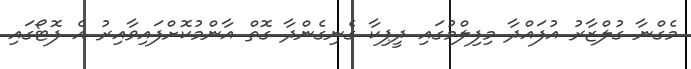
މެގްނާ ގުލްޒާރު އުފައްދާ މިފިލްމުގައި ދީޕިކާ ގެނިގެންދާ ގޮތް އާންމުކޮށްފައިވާއިރު އެ ފޮޓޯގައި